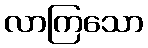
လာကြသော